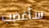
سأغضب